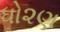
ધો૨ણ